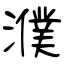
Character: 濮